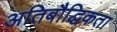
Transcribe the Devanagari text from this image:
अतिबौद्धिकता